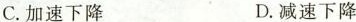
C.加速下降 D.减速下降